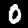
Digit: 0